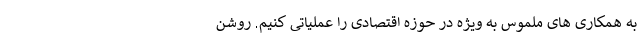
به همکاری های ملموس به ویژه در حوزه اقتصادی را عملیاتی کنیم. روشن